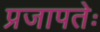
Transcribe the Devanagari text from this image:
प्रजापतेः